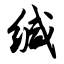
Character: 缄